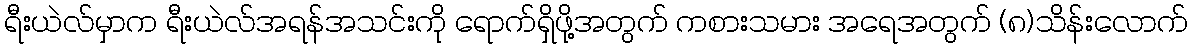
ရီးယဲလ်မှာက ရီးယဲလ်အရန်အသင်းကို ရောက်ရှိဖို့အတွက် ကစားသမား အရေအတွက် (၈)သိန်းလောက်